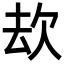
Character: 㰦